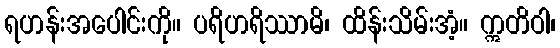
ရဟန်းအပေါင်းကို။ ပရိဟရိဿာမိ၊ ထိန်းသိမ်းအံ့။ ဣတိဝါ၊